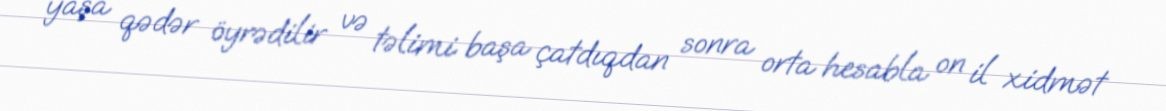
yaşa qədər öyrədilir və təlimi başa çatdıqdan sonra orta hesabla on il xidmət